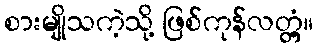
စားမျိုသကဲ့သို့ ဖြစ်ကုန်လတ္တံ့။